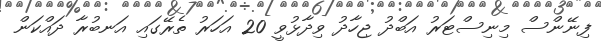
ފިނޭންސް މިނިސްޓަރު އަބްދު ޖިހާދު ވިދާޅުވީ 20 އަހަރު ތެރޭގައި އަނބުރާ ދައްކަން